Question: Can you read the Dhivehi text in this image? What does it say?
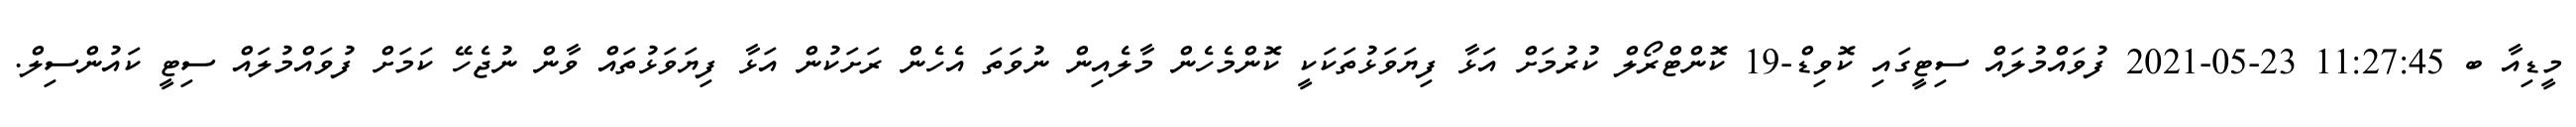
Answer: މީޑިއާ ބ 11:27:45 23-05-2021 ފުވައްމުލައް ސިޓީގައި ކޮވިޑް-19 ކޮންޓްރޯލް ކުރުމަށް އަޅާ ފިޔަވަޅުތަކަކީ ކޮންމެހެން މާލެއިން ނުވަތަ އެހެން ރަށަކުން އަޅާ ފިޔަވަޅުތައް ވާން ނުޖެހޭ ކަމަށް ފުވައްމުލައް ސިޓީ ކައުންސިލް.